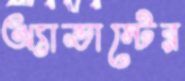
অ্যাভাস্টের